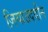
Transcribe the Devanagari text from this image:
ज़ियाउददीन